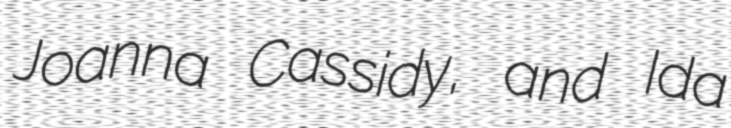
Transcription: Joanna Cassidy, and Ida